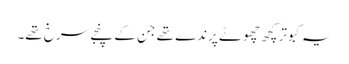
یہ کبوتر کچھ چھوٹے پرندے تھے جن کے پنجے سرخ تھے۔